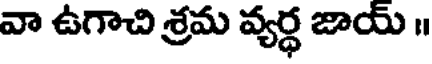
వా ఉగాచి శ్రమ వ్యర్థ జాయ్ ॥